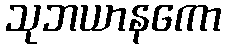
သုဘယာနကော